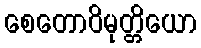
စေတောဝိမုတ္တိယော